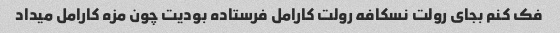
فک کنم بجای رولت نسکافه رولت کارامل فرستاده بودیت چون مزه کارامل میداد